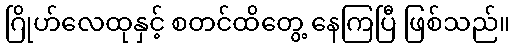
ဂြိုဟ်လေထုနှင့် စတင်ထိတွေ့ နေကြပြီ ဖြစ်သည်။